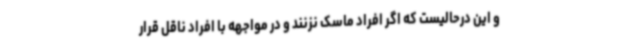
و این درحالیست که اگر افراد ماسک نزنند و در مواجهه با افراد ناقل قرار